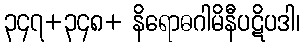
၃၄၇+၃၄၈+ နိရောဓဂါမိနီပဋိပဒါ၊